Scottish Certificate of Education, 1962
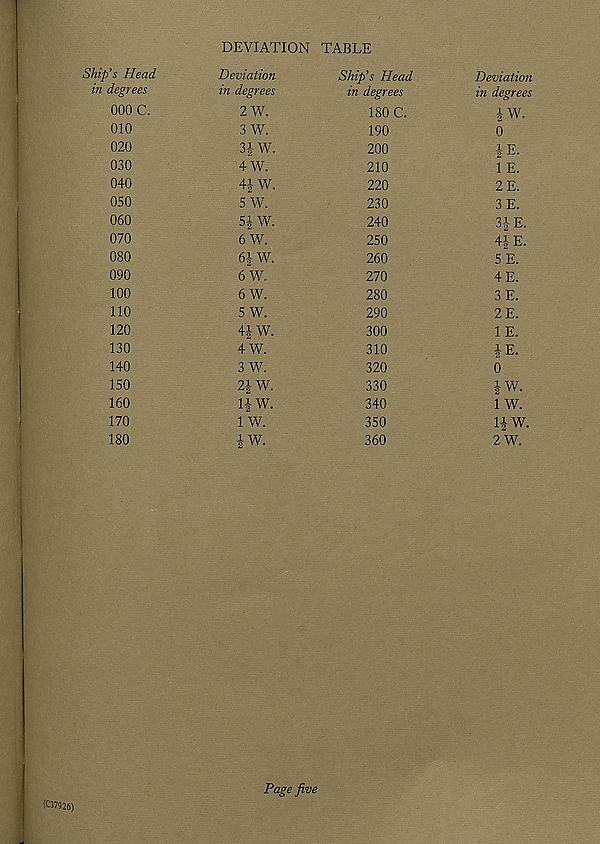
DEVIATION TABLE
Ship's Head-
in degrees
000 C.
010
020
030
040
050
060
070
080
090
100
110
120
130
140
150
160
170
180
Deviation
in degrees
2 W.
3 W.
3| W.
4 W.
4-| W.
5 W.
54 W.
6 W.
61 W.
6 W.
6 W.
5 W.
4-1W.
4 W.
3 W.
21W.
1-1 W.
1 W.
JW.
Ship’s Head
in degrees
180 C.
190
200
210
220
230
240
250
260
270
280
290
300
310
320
330
340
350
360
(C37926)
Page five
Deviation
in degrees
iW.
0
1 p
2 - 1 -"
1 E.
2 E.
3 E.
3-1 E.
41 E.
5 E.
4 E.
3 E.
2 E.
1 E.
! F
2 r "'
0
1-W.
1 w.
11 w.
2 W.